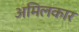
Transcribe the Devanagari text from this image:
अमिलकार